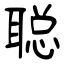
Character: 聪